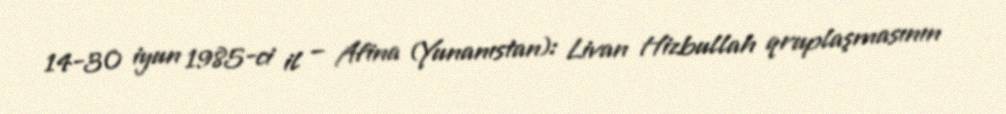
14-30 iyun 1985-ci il – Afina (Yunanıstan): Livan Hizbullah qruplaşmasının